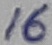
Text: 16